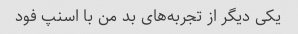
یکی دیگر از تجربه‌های بد من با اسنپ فود